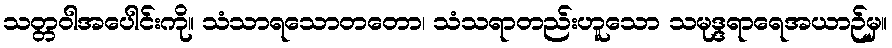
သတ္တဝါအပေါင်းကို။ သံသာရသောတတော၊ သံသရာတည်းဟူသော သမုဒ္ဒရာရေအယာဉ်မှ။